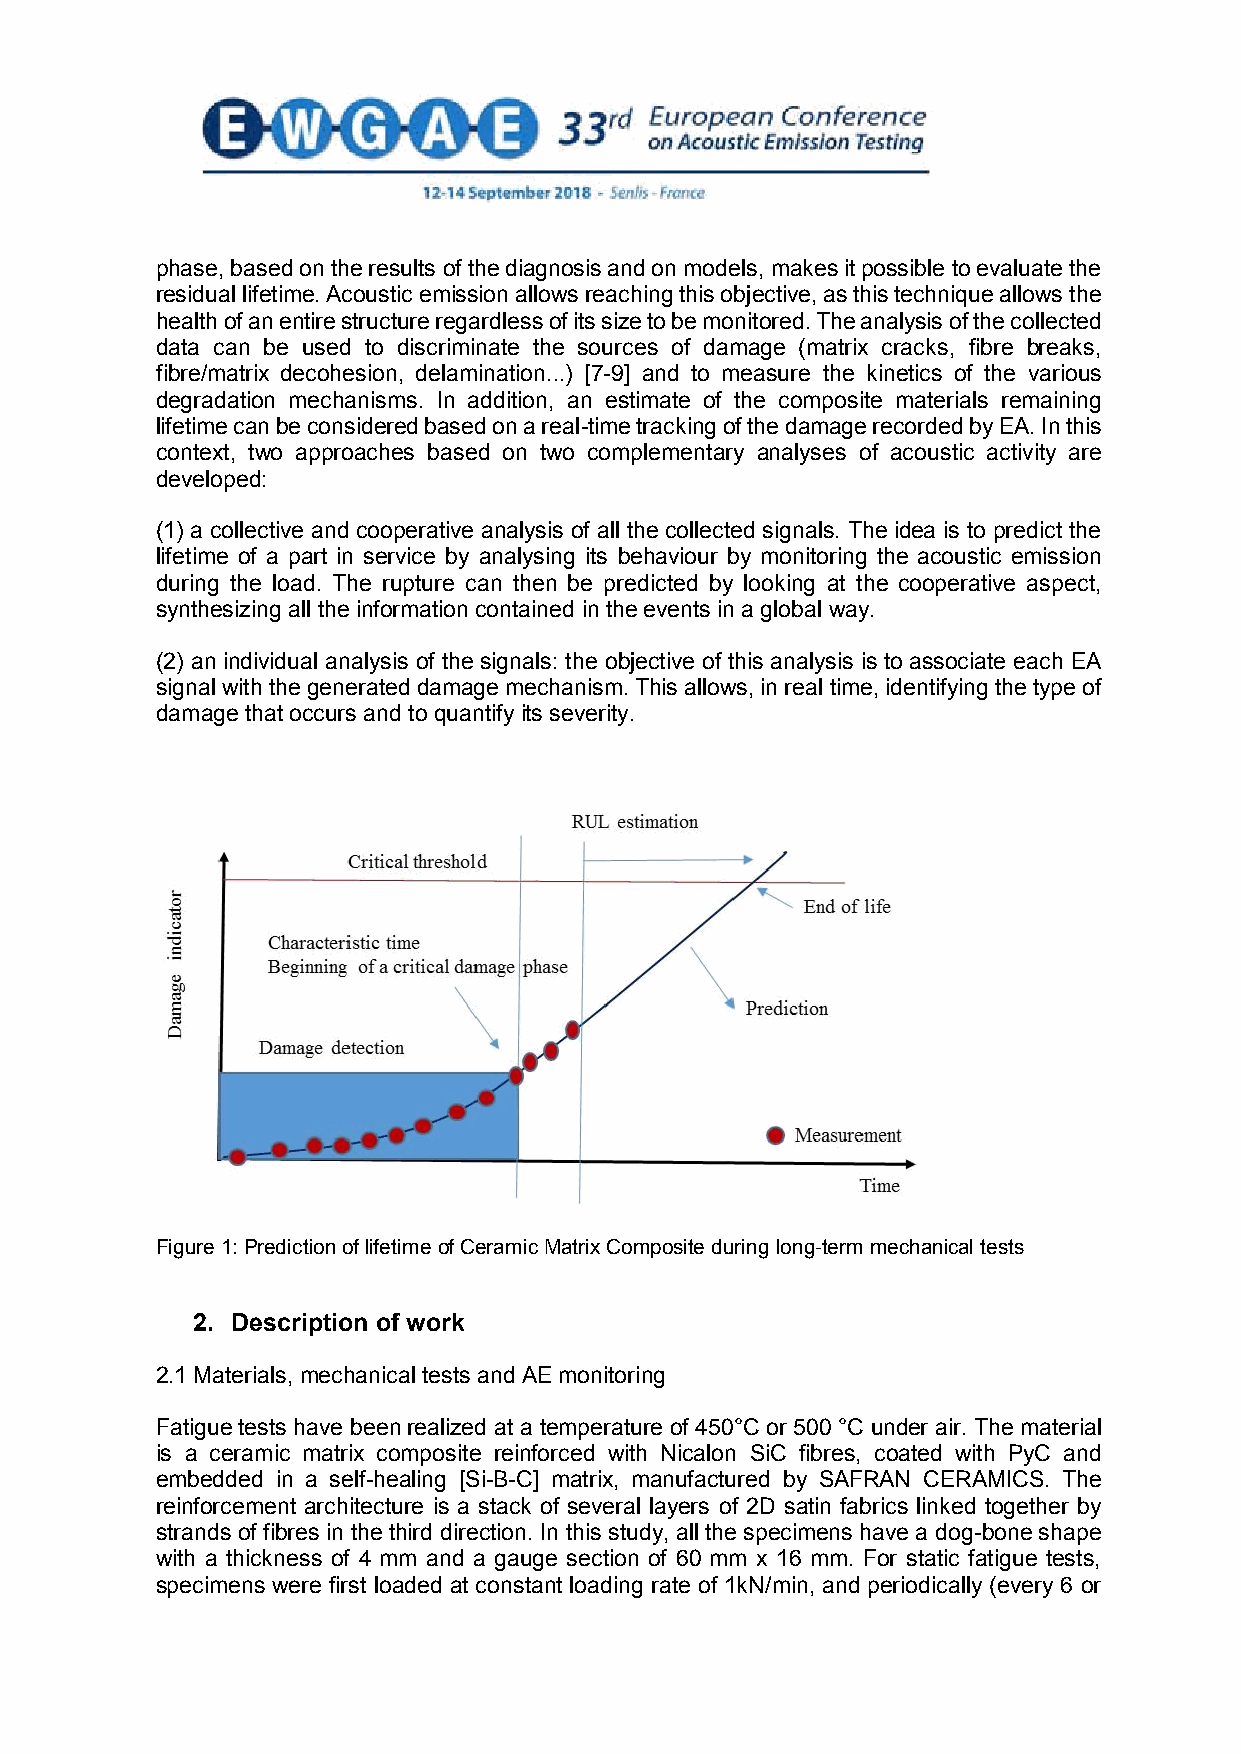
phase, based on the results of the diagnosis and on models, makes it possible to evaluate the
 residual lifetime. Acoustic emission allows reaching this objective, as this technique allows the
 health of an entire structure regardless of its size to be monitored. The analysis of the collected
 data can be used to discriminate the sources of damage (matrix cracks, fibre breaks,
 fibre/matrix decohesion, delamination...) [7-9] and to measure the kinetics of the various
 degradation mechanisms. In addition, an estimate of the composite materials remaining
 lifetime can be considered based on a real-time tracking of the damage recorded by EA. In this
 context, two approaches based on two complementary analyses of acoustic activity are
 developed:
 (1) a collective and cooperative analysis of all the collected signals. The idea is to predict the
 lifetime of a part in service by analysing its behaviour by monitoring the acoustic emission
 during the load. The rupture can then be predicted by looking at the cooperative aspect,
 synthesizing all the information contained in the events in a global way.
 (2) an individual analysis of the signals: the objective of this analysis is to associate each EA
 signal with the generated damage mechanism. This allows, in real time, identifying the type of
 damage that occurs and to quantify its severity.
 Figure 1: Prediction of lifetime of Ceramic Matrix Composite during long-term mechanical tests
 2. Description of work
 2.1 Materials, mechanical tests and AE monitoring
 Fatigue tests have been realized at a temperature of 450°C or 500 °C under air. The material
 is a ceramic matrix composite reinforced with Nicalon SiC fibres, coated with PyC and
 embedded in a self-healing [Si-B-C] matrix, manufactured by SAFRAN CERAMICS. The
 reinforcement architecture is a stack of several layers of 2D satin fabrics linked together by
 strands of fibres in the third direction. In this study, all the specimens have a dog-bone shape
 with a thickness of 4 mm and a gauge section of 60 mm x 16 mm. For static fatigue tests,
 specimens were first loaded at constant loading rate of 1kN/min, and periodically (every 6 or
 2